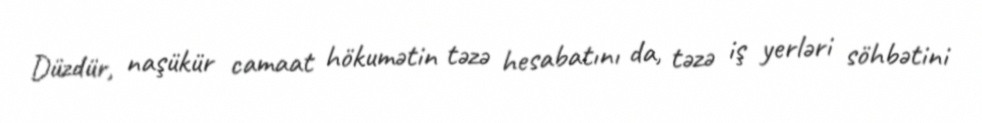
Düzdür, naşükür camaat hökumətin təzə hesabatını da, təzə iş yerləri söhbətini